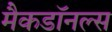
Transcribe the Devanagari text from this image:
मैकडॉनल्स